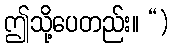
ဤသို့ပေတည်း။ “)